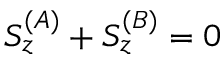
S _ { z } ^ { ( A ) } + S _ { z } ^ { ( B ) } = 0